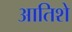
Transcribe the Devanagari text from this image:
आतिशे